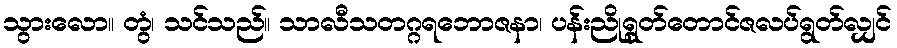
သွားလော။ တွံ၊ သင်သည်။ သာလီသတဂ္ဂရဘောဇနာ၊ ပန်းညိုရွတ်တောင်ဇလပ်ရွတ်လျှင်